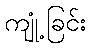
ကျုံ့ခြင်း